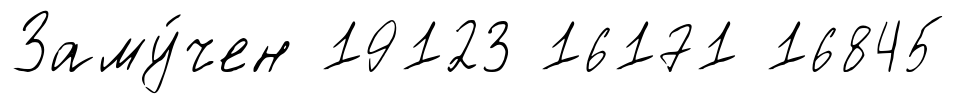
Заму́чен 19123 16171 16845